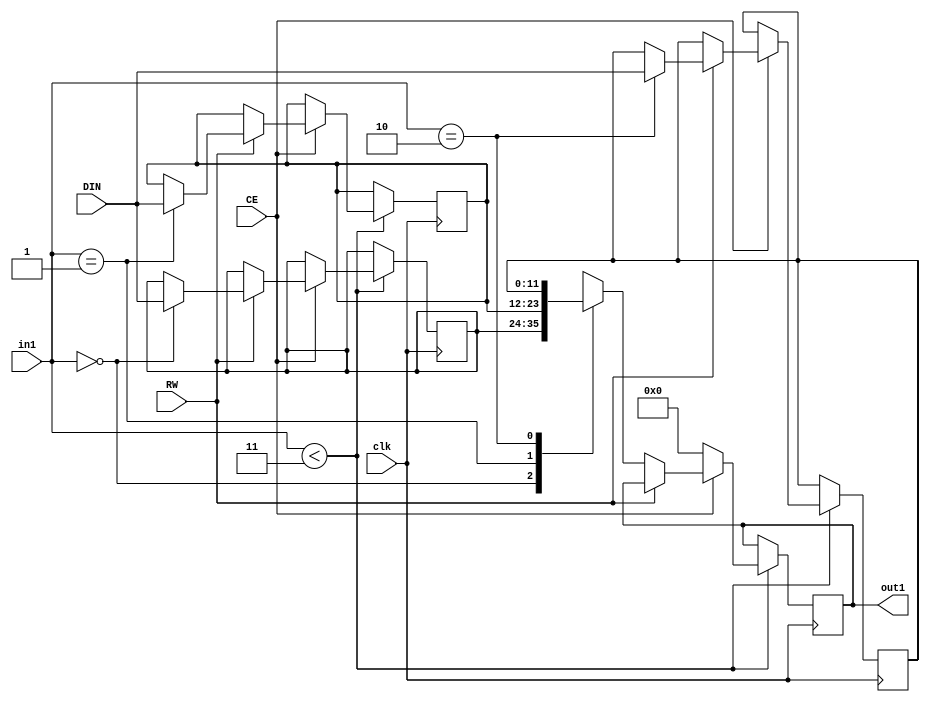
// Generated by stratus_hls 21.20-p100  (96289.240513)
// Mon May 15 09:19:21 2023
// from ../Filter.cpp

`timescale 1ps / 1ps


module Filter_RAM_3X12_4( DIN, CE, RW, in1, out1, clk );

    input [11:0] DIN;
    input CE;
    input RW;
    input [1:0] in1;
    input clk;
    output [11:0] out1;
    reg [11:0] out1;
    reg[11:0] mem[2:0];

    
always @(posedge clk)
      begin : Filter_RAM_3X12_4_thread_1
        if (in1 < 2'd3) 
          begin
            if (CE) 
              begin
                if (RW) 
                  begin
                    mem[in1] = DIN;
                  end 
                else 
                  begin
                    out1 <= mem[in1];
                  end
              end 
            else 
              begin
                out1 <= 12'd0000;
              end
          end 
      end

endmodule